system: You are a helpful assistant.
user:
Analyze the provided spectrum to determine if it is a **"Cataclysmic Variables (CV)"**.

- **Key Indicators for CV (Check for either state):**
    - **State 1: Quiescent / Low-State (Emission-Dominated)**
        - **(Primary):** Strong and *very broad* Hydrogen Balmer emission lines (e.g., $H\alpha$ at 6563 Å, $H\beta$ at 4861 Å). The 'broadness' (high velocity dispersion, often FWHM > 1000 km/s) is the key diagnostic, indicating a high-velocity accretion disk.
        - **(Secondary):** Broad neutral Helium (He I) emission lines (e.g., 5876 Å, 6678 Å).
        - **(Key Confirmation):** Presence of high-excitation *ionized* Helium (He II) emission at 4686 Å. This is a strong indicator of accretion onto a white dwarf.
        - **(Line Profile):** Emission lines may exhibit a 'double-peaked' profile, which is a classic signature of a rotating accretion disk viewed at high inclination.

    - **State 2: Outburst / High-State (Absorption-Dominated)**
        - **(Primary):** Spectrum is dominated by a bright, blue continuum (looks like a hot star).
        - **(Secondary):** The emission lines from State 1 are weak, absent, or 'filled in', and are replaced by broad, shallow *absorption* lines (primarily Balmer and He I).
        - **(Morphology):** The overall spectrum mimics a hot B/A-type star. The crucial difference is that the absorption lines are significantly broader, shallower, and more 'washed-out' (or 'smeared') than the sharp lines of a normal stellar photosphere, due to high rotational speeds and pressure broadening in the disk.

Think first, call **spectral_visualization_tool** if needed to examine features in detail, then provide your final answer. Your response must adhere to the following strict rules:
1.  **Overall Structure:** Your response must follow the format `<think>...</think> <tool_call>...</tool_call> (if a tool is used) <answer>...</answer>`.
2.  **Tool Usage Constraint:** You may only make **one** tool call per turn.
3.  **Final Answer Format:** In the `<answer>` tag, your conclusion must be inside a `\boxed{}` command (e.g., `\boxed{YES}`), followed by your justification.

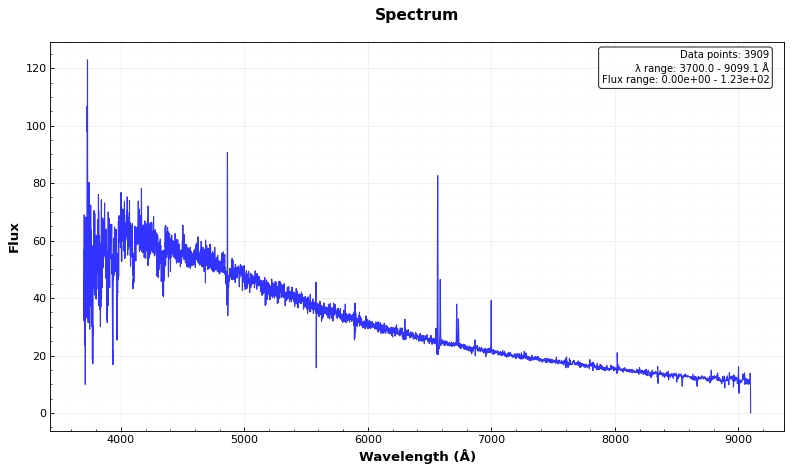
Answer: NO